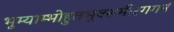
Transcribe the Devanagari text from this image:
भूम्याम्भोहुतभुक्समीरगगनं